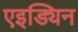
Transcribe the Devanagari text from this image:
एइड्यिन